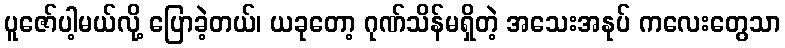
ပူဇော်ပါ့မယ်လို့ ပြောခဲ့တယ်၊ ယခုတော့ ဂုဏ်သိန်မရှိတဲ့ အသေးအနုပ် ကလေးတွေသာ